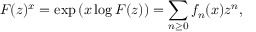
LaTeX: F ( z ) ^ { x } = \exp \left( x \log F ( z ) \right) = \sum _ { n \geq 0 } f _ { n } ( x ) z ^ { n } ,